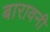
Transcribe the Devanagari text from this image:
बारावनी